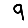
Digit: 9